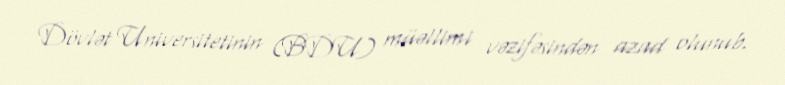
Dövlət Universitetinin (BDU) müəllimi vəzifəsindən azad olunub.